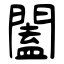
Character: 闔